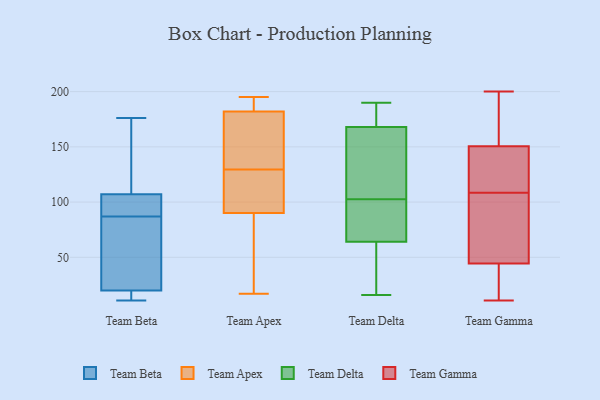
{"axis": {"x": "Headcount", "y": "Value"}, "legend": ["Team Apex", "Team Beta", "Team Delta", "Team Gamma"], "data": [{"x": "", "y": 104, "type": "Team Beta"}, {"x": "", "y": 95, "type": "Team Beta"}, {"x": "", "y": 20, "type": "Team Beta"}, {"x": "", "y": 41, "type": "Team Beta"}, {"x": "", "y": 113, "type": "Team Beta"}, {"x": "", "y": 79, "type": "Team Beta"}, {"x": "", "y": 130, "type": "Team Beta"}, {"x": "", "y": 56, "type": "Team Beta"}, {"x": "", "y": 101, "type": "Team Beta"}, {"x": "", "y": 11, "type": "Team Beta"}, {"x": "", "y": 107, "type": "Team Beta"}, {"x": "", "y": 176, "type": "Team Beta"}, {"x": "", "y": 16, "type": "Team Beta"}, {"x": "", "y": 12, "type": "Team Beta"}, {"x": "", "y": 96, "type": "Team Apex"}, {"x": "", "y": 187, "type": "Team Apex"}, {"x": "", "y": 195, "type": "Team Apex"}, {"x": "", "y": 117, "type": "Team Apex"}, {"x": "", "y": 143, "type": "Team Apex"}, {"x": "", "y": 36, "type": "Team Apex"}, {"x": "", "y": 129, "type": "Team Apex"}, {"x": "", "y": 130, "type": "Team Apex"}, {"x": "", "y": 89, "type": "Team Apex"}, {"x": "", "y": 17, "type": "Team Apex"}, {"x": "", "y": 186, "type": "Team Apex"}, {"x": "", "y": 127, "type": "Team Apex"}, {"x": "", "y": 181, "type": "Team Apex"}, {"x": "", "y": 91, "type": "Team Apex"}, {"x": "", "y": 164, "type": "Team Apex"}, {"x": "", "y": 174, "type": "Team Apex"}, {"x": "", "y": 183, "type": "Team Apex"}, {"x": "", "y": 69, "type": "Team Apex"}, {"x": "", "y": 188, "type": "Team Apex"}, {"x": "", "y": 82, "type": "Team Apex"}, {"x": "", "y": 77, "type": "Team Delta"}, {"x": "", "y": 190, "type": "Team Delta"}, {"x": "", "y": 16, "type": "Team Delta"}, {"x": "", "y": 29, "type": "Team Delta"}, {"x": "", "y": 168, "type": "Team Delta"}, {"x": "", "y": 26, "type": "Team Delta"}, {"x": "", "y": 64, "type": "Team Delta"}, {"x": "", "y": 110, "type": "Team Delta"}, {"x": "", "y": 127, "type": "Team Delta"}, {"x": "", "y": 95, "type": "Team Delta"}, {"x": "", "y": 184, "type": "Team Delta"}, {"x": "", "y": 77, "type": "Team Delta"}, {"x": "", "y": 135, "type": "Team Delta"}, {"x": "", "y": 172, "type": "Team Delta"}, {"x": "", "y": 120, "type": "Team Gamma"}, {"x": "", "y": 172, "type": "Team Gamma"}, {"x": "", "y": 29, "type": "Team Gamma"}, {"x": "", "y": 11, "type": "Team Gamma"}, {"x": "", "y": 52, "type": "Team Gamma"}, {"x": "", "y": 167, "type": "Team Gamma"}, {"x": "", "y": 41, "type": "Team Gamma"}, {"x": "", "y": 151, "type": "Team Gamma"}, {"x": "", "y": 63, "type": "Team Gamma"}, {"x": "", "y": 176, "type": "Team Gamma"}, {"x": "", "y": 104, "type": "Team Gamma"}, {"x": "", "y": 150, "type": "Team Gamma"}, {"x": "", "y": 48, "type": "Team Gamma"}, {"x": "", "y": 72, "type": "Team Gamma"}, {"x": "", "y": 113, "type": "Team Gamma"}, {"x": "", "y": 200, "type": "Team Gamma"}, {"x": "", "y": 18, "type": "Team Gamma"}, {"x": "", "y": 11, "type": "Team Gamma"}, {"x": "", "y": 145, "type": "Team Gamma"}, {"x": "", "y": 142, "type": "Team Gamma"}]}